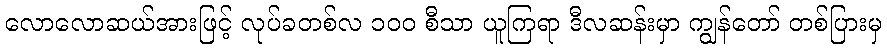
လောလောဆယ်အားဖြင့် လုပ်ခတစ်လ ၁၀၀ စီသာ ယူကြရာ ဒီလဆန်းမှာ ကျွန်တော် တစ်ပြားမှ